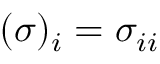
( \boldsymbol { \sigma } ) _ { i } = \sigma _ { i i }